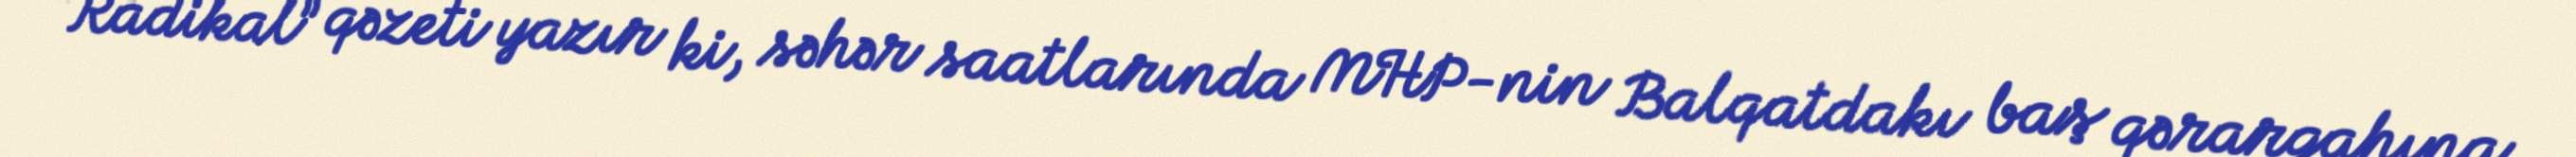
“Radikal” qəzeti yazır ki, səhər saatlarında MHP-nin Balqatdakı baş qərargahına